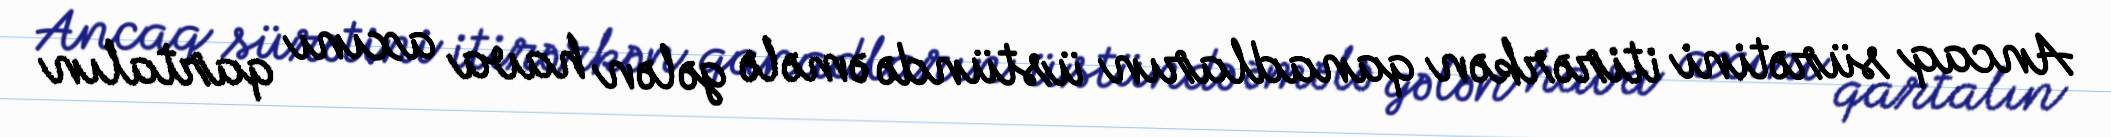
Ancaq sürətini itirərkən qanadların üstündə əmələ gələn hava axını qartalın